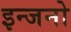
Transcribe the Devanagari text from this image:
इन्जनो